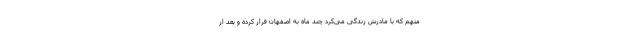
متهم که با مادرش زندگی می‌کرد چند ماه به اصفهان فرار کرده و بعد از